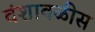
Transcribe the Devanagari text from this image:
वंशावळीस